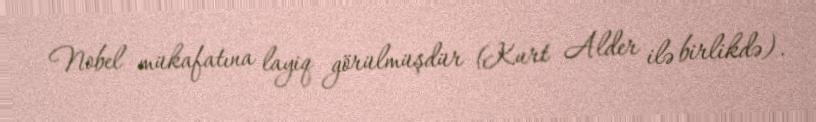
Nobel mükafatına layiq görülmüşdür (Kurt Alder ilə birlikdə).